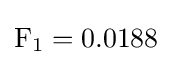
\mathrm {F} _{1}=0.0188